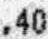
.40